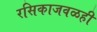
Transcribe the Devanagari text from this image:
रसिकाजवळही